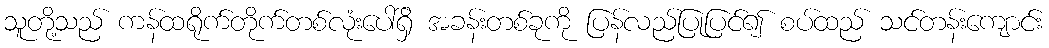
သူတို့သည် ကန်ထရိုက်တိုက်တစ်လုံးပေါ်ရှိ အခန်းတစ်ခုကို ပြန်လည်ပြုပြင်၍ စပ်ထည် သင်တန်းကျောင်း